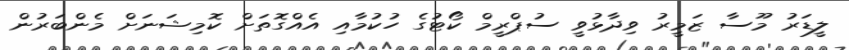
ލީޑަރު މޫސާ ޒަމީރު ވިދާޅުވީ ސުޕްރީމް ކޯޓުގެ ހުކުމާއި އެއްގޮތަށް ކޮމިޝަނަށް މެންބަރުން